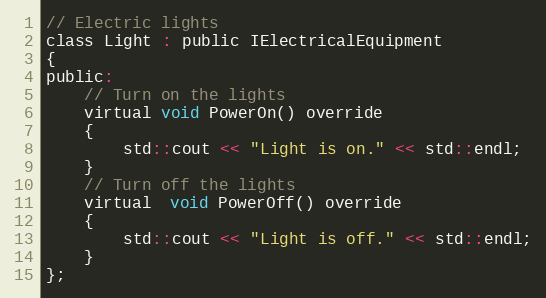
Language: C
// Electric lights
class Light : public IElectricalEquipment
{
public:
    // Turn on the lights
    virtual void PowerOn() override
    {
        std::cout << "Light is on." << std::endl;
    }
    // Turn off the lights
    virtual  void PowerOff() override
    {
        std::cout << "Light is off." << std::endl;
    }
};